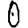
Digit: 0